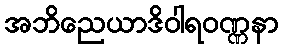
အဘိညေယာဒိဝါရဝဏ္ဏနာ